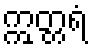
ဣတ္တရံ